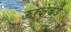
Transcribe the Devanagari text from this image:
ऊर्जेकडे